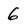
Character: 6